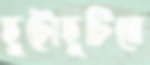
ছুটোছুটিতে